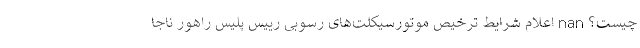
چیست؟ nan اعلام شرایط ترخیص موتورسیکلت‌های رسوبی رییس پلیس راهور ناجا